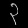
Digit: ၃